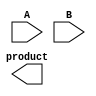
module wallace_tree_multiplier #(parameter A_WIDTH = 32, B_WIDTH = 32)(
    input [A_WIDTH-1:0] A,
    input [B_WIDTH-1:0] B,
    output reg [(A_WIDTH + B_WIDTH - 1):0] product
);

    // Partial product generation
    wire [A_WIDTH * B_WIDTH - 1:0] partial_products [0:A_WIDTH-1];
    
    genvar i, j;
    generate
        for (i = 0; i < A_WIDTH; i = i + 1) begin: pp_gen
            for (j = 0; j < B_WIDTH; j = j + 1) begin: pp_gen_inner
                assign partial_products[i][i + j] = A[i] & B[j]; // AND operation
            end
        end
    endgenerate

    // Wallace tree reduction
    wire [A_WIDTH * B_WIDTH - 1:0] sum;
    wire [A_WIDTH * B_WIDTH - 1:0] carry;
    
    // Initial stage of reduction
    generate
        for (i = 0; i < A_WIDTH * B_WIDTH; i = i + 1) begin: reduction_stage
            if (i % 3 == 0) begin
                assign sum[i] = partial_products[i/3][i % (A_WIDTH + B_WIDTH)];
                assign carry[i] = 0;
            end else if (i % 3 == 1) begin
                assign sum[i] = partial_products[i/3][i % (A_WIDTH + B_WIDTH)] ^ carry[i-1];
                assign carry[i] = partial_products[i/3][i % (A_WIDTH + B_WIDTH)] & carry[i-1];
            end else begin
                assign sum[i] = partial_products[i/3][i % (A_WIDTH + B_WIDTH)] ^ carry[i-1];
                assign carry[i] = partial_products[i/3][i % (A_WIDTH + B_WIDTH)] & carry[i-1];
            end
        end
    endgenerate

    // Final addition of reduced partial products
    wire [(A_WIDTH + B_WIDTH - 1):0] final_sum;
    wire [(A_WIDTH + B_WIDTH - 1):0] final_carry;

    // Final adder (simple binary adder for demonstration)
    assign final_sum = sum + carry;

    // Assign the product output
    always @(*) begin
        product = final_sum;
    end

endmodule